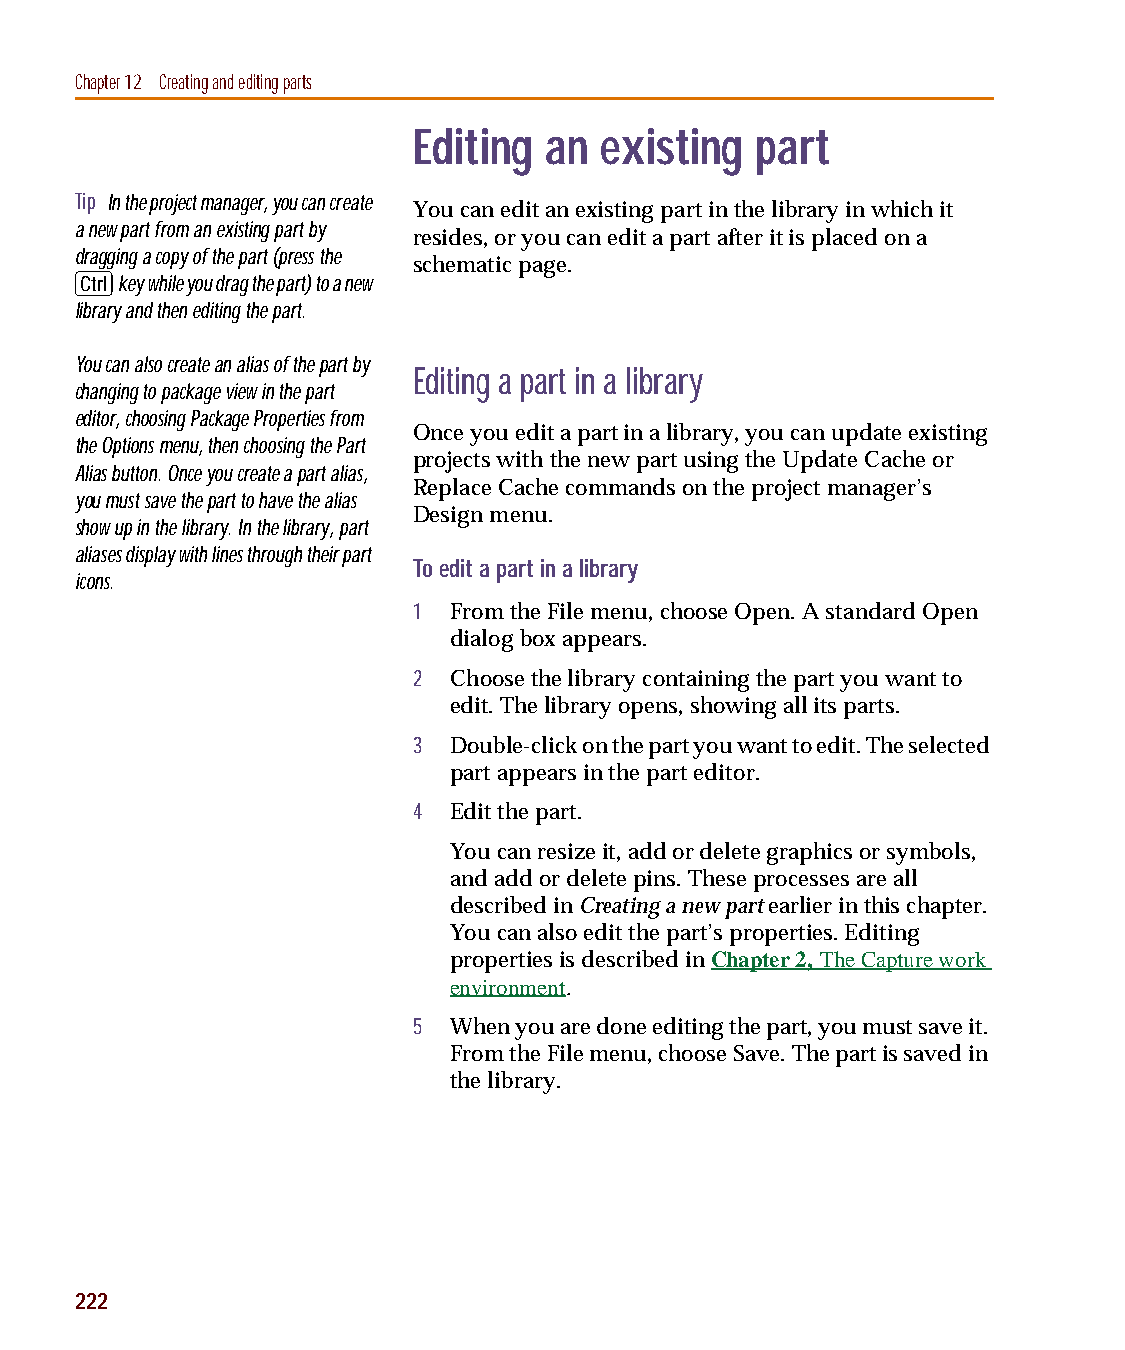
capug.book Page 222 Thursday, November 12, 1998 3:38 PM
 Chapter 12 Creating and editing parts
 Editing  an  existing  part
 Tip In the project manager, you can create
 You can edit an existing part in the library in which it
 a new part from an existing part by
 resides, or you can edit a part after it is placed on a
 dragging a copy of the part (press the
 schematic page.
 C
 key while you drag the part) to a new
 library and then editing the part.
 You can also create an alias of the part by
 Editing a part in a library
 changing to package view in the part
 editor, choosing Package Properties from
 Once you edit a part in a library, you can update existing
 the Options menu, then choosing the Part
 projects with the new part using the Update Cache or
 Alias button. Once you create a part alias,
 Replace Cache commands on the project manager’s
 you must save the part to have the alias
 Design menu.
 show up in the library. In the library, part
 aliases display with lines through their part
 To edit a part in a library
 icons.
 1  From the File menu, choose Open. A standard Open
 dialog box appears.
 2  Choose the library containing the part you want to
 edit. The library opens, showing all its parts.
 3  Double-click on the part you want to edit. The selected
 part appears in the part editor.
 4  Edit the part.
 You can resize it, add or delete graphics or symbols,
 and add or delete pins. These processes are all
 described in Creating a new part earlier in this chapter.
 You can also edit the part’s properties. Editing
 properties is described in Chapter 2, The Capture work
 environment.
 5  When you are done editing the part, you must save it.
 From the File menu, choose Save. The part is saved in
 the library.
 222